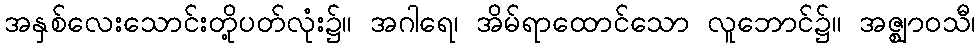
အနှစ်လေးသောင်းတို့ပတ်လုံး၌။ အဂါရေ၊ အိမ်ရာထောင်သော လူဘောင်၌။ အဇ္ဈာဝသီ၊